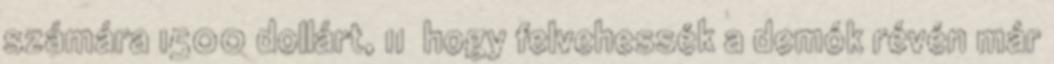
számára 1500 dollárt, 11 hogy felvehessék a demók révén már